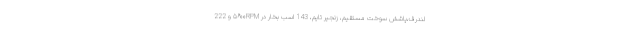
لندرف،پاشش سوخت مستقیم، زنجیر تایم، 143 اسب بخار در ۵۶۰۰RPM و 222